Civil Veterinary Dept. Bombay admin report 1932-41 - 1932-1941
Year: 1932
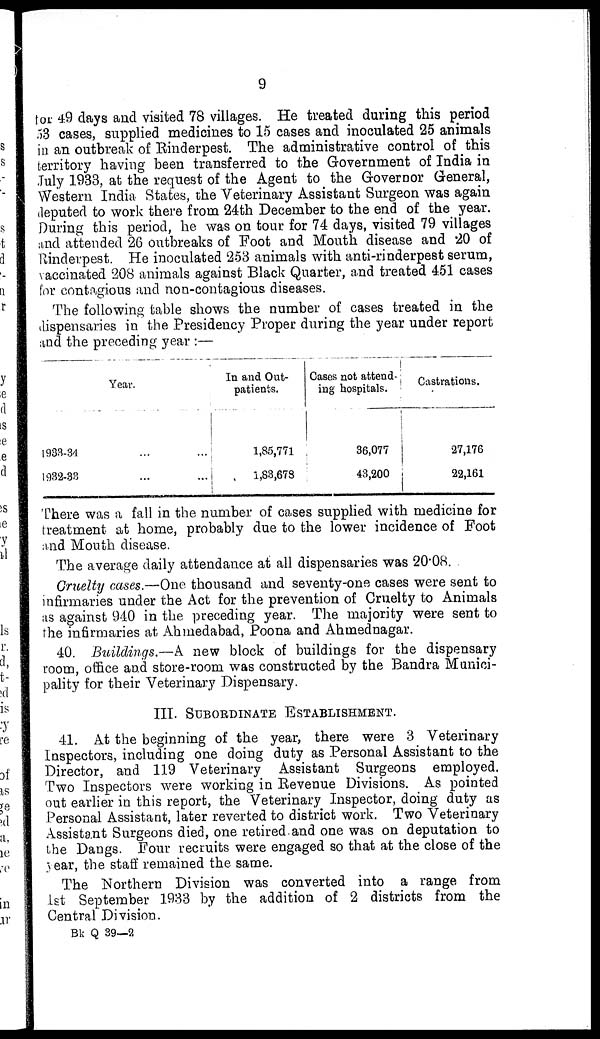
9
for 49 days and visited 78 villages. He treated during this period
53 cases, supplied medicines to 15 cases and inoculated 25 animals
in an outbreak of Rinderpest. The administrative control of this
territory having been transferred to the Government of India in
July 1933, at the request of the Agent to the Governor General,
Western India States, the Veterinary Assistant Surgeon was again
deputed to work there from 24th December to the end of the year.
During this period, he was on tour for 74 days, visited 79 villages
and attended 26 outbreaks of Foot and Mouth disease and 20 of
Rinderpest. He inoculated 253 animals with anti-rinderpest serum,
vaccinated 208 animals against Black Quarter, and treated 451 cases
for contagious and non-contagious diseases.
The following table shows the number of cases treated in the
dispensaries in the Presidency Proper during the year under report
and the preceding year:—
1933-34
1932-33
Year.
...
...
...
In and Out-
patients.
1,85,771
1,83,678
Cases not attend-
ing hospitals.
36,077
43,200
Castrations.
27,176
22,161
There was a fall in the number of cases supplied with medicine for
treatment at home, probably due to the lower incidence of Foot
and Mouth disease.
The average daily attendance at all dispensaries was 20.08.
Cruelty cases.—One thousand and seventy-one cases were sent to
infirmaries under the Act for the prevention of Cruelty to Animals
as against 940 in the preceding year. The majority were sent to
the infirmaries at Ahmedabad, Poona and Ahmednagar.
40. Buildings.—A new block of buildings for the dispensary
room, office and store-room was constructed by the Bandra Munici-
pality for their Veterinary Dispensary.
III. SUBORDINATE ESTABLISHMENT.
41. At the beginning of the year, there were 3 Veterinary
Inspectors, including one doing duty as Personal Assistant to the
Director, and 119 Veterinary Assistant Surgeons employed.
Two Inspectors were working in Revenue Divisions. As pointed
out earlier in this report, the Veterinary Inspector, doing duty as
Personal Assistant, later reverted to district work. Two Veterinary
Assistant Surgeons died, one retired and one was on deputation to
the Dangs. Four recruits were engaged so that at the close of the
year, the staff remained the same.
The Northern Division was converted into a range from
1st September 1933 by the addition of 2 districts from the
Central Division.
Bk Q 39—2